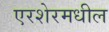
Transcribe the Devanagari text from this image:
एरशेरमधील